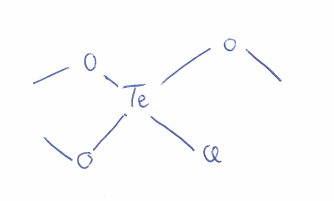
Simplified molecular-input line-entry system (SMILES) notation of the given molecule:
CO[Te](OC)(OC)Cl